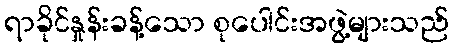
ရာခိုင်နှုန်းခန့်သော စုပေါင်းအဖွဲ့များသည်